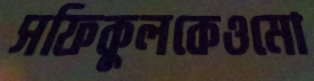
সফিকুলকেওমো